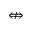
\nLeftrightarrow